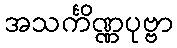
အသင်္ကိဏ္ဏပုဗ္ဗာ